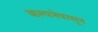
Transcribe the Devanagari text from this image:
कल्पनेपासून